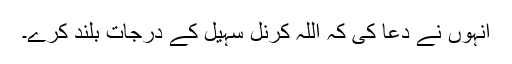
انہوں نے دعا کی کہ اللہ کرنل سہیل کے درجات بلند کرے۔